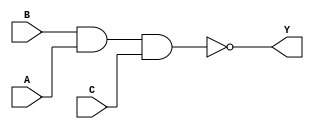
module sky130_fd_sc_ls__nand3_2 (
    Y,
    A,
    B,
    C
);
    output Y;
    input  A;
    input  B;
    input  C;
    wire nand0_out_Y;
    nand nand0 (nand0_out_Y, B, A, C        );
    buf  buf0  (Y          , nand0_out_Y    );
endmodule